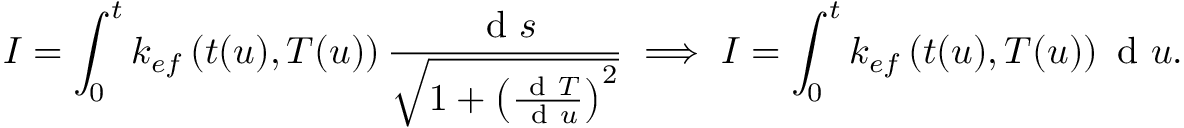
I = \int _ { 0 } ^ { t } k _ { e f } \left( t ( u ) , T ( u ) \right) \frac { \mathrm { ~ d ~ } s } { \sqrt { 1 + \left( \frac { \mathrm { ~ d ~ } T } { \mathrm { ~ d ~ } u } \right) ^ { 2 } } } \implies I = \int _ { 0 } ^ { t } k _ { e f } \left( t ( u ) , T ( u ) \right) \mathrm { ~ d ~ } u .